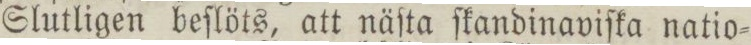
Slutligen beſlöts, att näſta ſkandinaviſka natio=